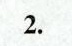
2.